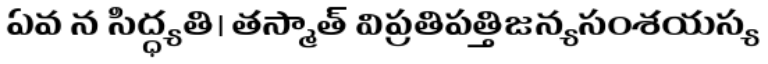
ఏవ న సిద్ధ్యతి। తస్మాత్ విప్రతిపత్తిజన్యసంశయస్య